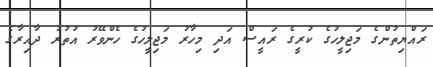
ރައްޔިތުންގެ މަޖިލީހުގެ ކުރީގެ ރައީސް އަދި މިހާރު މަޖިލީހުގެ ހެންވޭރު އުތުރު ދާއިރާގެ